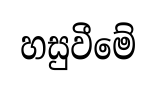
හසුවීමේ